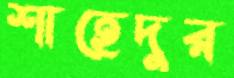
শাহেদুর